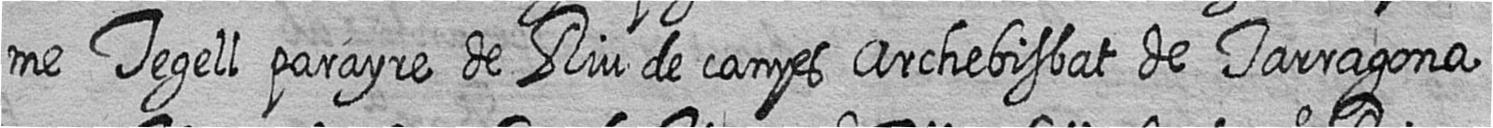
me Tegell parayre de Riu de canyes Archebisbat de Tarragona